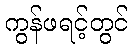
ကွန်ဖရင့်တွင်